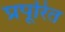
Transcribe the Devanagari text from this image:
प्रपूरित